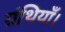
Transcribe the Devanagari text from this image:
ग्रंथियाँ।